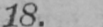
18.